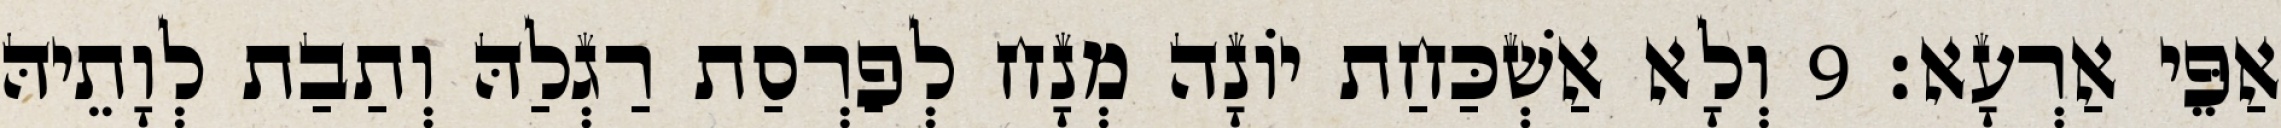
אַפֵּי אַרְעָא׃ 9 וְלָא אַשְׁכַּחַת יוֹנָה מְנָח לְפַרְסַת רַגְלַהּ וְתַבַת לְוָתֵיהּ